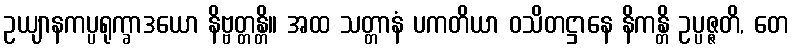
ဥယျာနကပ္ပရုက္ခာဒယော နိဗ္ဗတ္တန္တိ။ အထ သတ္တာနံ ပကတိယာ ဝသိတဋ္ဌာနေ နိကန္တိ ဥပ္ပဇ္ဇတိ, တေ